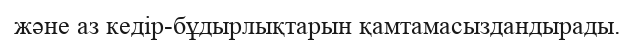
және аз кедір-бұдырлықтарын қамтамасыздандырады.